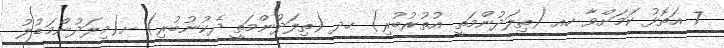
7 އަތޮޅު ކަމަށްވާ ހއ (ތިލަދުންމަތީ އުތުރުބުރި) ހދ (ތިލަދުންމަތީ ދެކުނުބުރި) ށ(މިލަދުންމަޑުލު